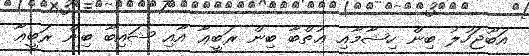
އަބޫޖަހުލު ބިން ހިޝާމާއި ޢުތްބާ ބިން ރަބީޢާ އާއި ޝައިބާ ބިން ރަބީޢާ